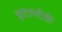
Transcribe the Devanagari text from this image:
झटापटीही